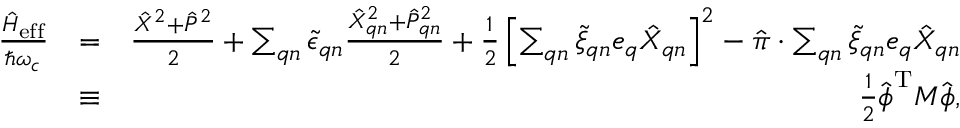
\begin{array} { r l r } { \frac { \hat { H } _ { \mathrm { e f f } } } { \hbar \omega _ { c } } } & { = } & { \frac { \hat { X } ^ { 2 } + \hat { P } ^ { 2 } } { 2 } + \sum _ { \boldsymbol { q } n } \tilde { \epsilon } _ { \boldsymbol { q } n } \frac { \hat { X } _ { \boldsymbol { q } n } ^ { 2 } + \hat { P } _ { \boldsymbol { q } n } ^ { 2 } } { 2 } + \frac { 1 } { 2 } \left[ \sum _ { \boldsymbol { q } n } \tilde { \xi } _ { \boldsymbol { q } n } \boldsymbol { e } _ { \boldsymbol { q } } \hat { X } _ { \boldsymbol { q } n } \right] ^ { 2 } - \hat { \boldsymbol { \pi } } \cdot \sum _ { \boldsymbol { q } n } \tilde { \xi } _ { \boldsymbol { q } n } \boldsymbol { e } _ { \boldsymbol { q } } \hat { X } _ { \boldsymbol { q } n } } \\ & { \equiv } & { \frac { 1 } { 2 } \hat { \boldsymbol { \phi } } ^ { \mathrm { T } } M \hat { \boldsymbol { \phi } } , } \end{array}